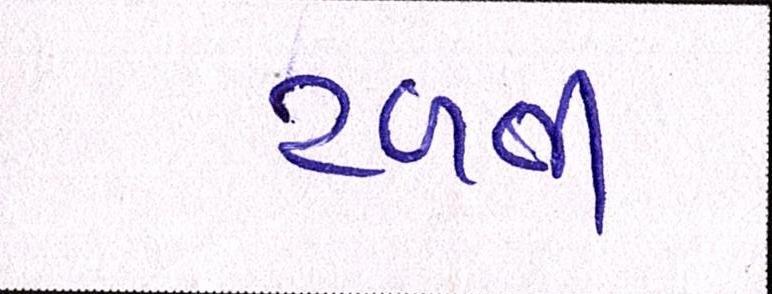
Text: ટળતી